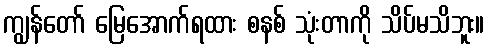
ကျွန်တော် မြေအောက်ရထား စနစ် သုံးတာကို သိပ်မသိဘူး။